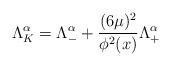
LaTeX: \begin{align*}\Lambda^\alpha_K = \Lambda^\alpha _- + {(6\mu)^2 \over \phi^2(x)}\Lambda^\alpha_+\end{align*}